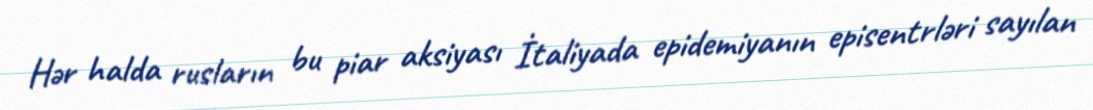
Hər halda rusların bu piar aksiyası İtaliyada epidemiyanın episentrləri sayılan